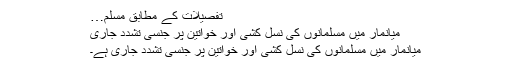
تفصیلات کے مطابق مسلم…
میانمار میں مسلمانوں کی نسل کشی اور خواتین پر جنسی تشدد جاری
میانمار میں مسلمانوں کی نسل کشی اور خواتین پر جنسی تشدد جاری ہے۔